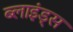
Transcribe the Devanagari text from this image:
ब्लाइंड्स